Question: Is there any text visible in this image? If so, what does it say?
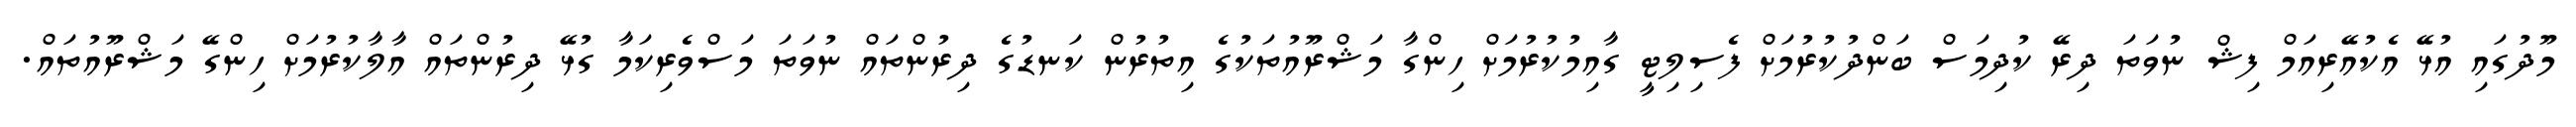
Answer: މޫދުގައި އުޅޭ އެކުއޭރިއަމް ފިޝް ނުވަތަ ދިރޭ ކުދިމަސް ބަންދުކުރުމަށް ފެސިލިޓީ ގާއިމުކުރުމަށް ހިންގާ މަޝްރޫއުތަކުގެ އިތުރުން ކަނޑުގެ ދިރުންތައް ނުވަތަ މަސްވެރިކަމާ ގުޅޭ ދިރުންތައް އާލާކުރުމަށް ހިންގޭ މަޝްރޫއުތައް.